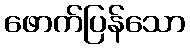
ဖောက်ပြန်သော